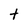
Character: t